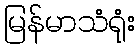
မြန်မာသံရုံး